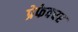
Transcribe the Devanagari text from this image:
प्रेफेक्चर